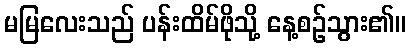
မမြလေးသည် ပန်းထိမ်ဖိုသို့ နေ့စဉ်သွား၏။